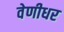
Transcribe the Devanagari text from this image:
वेणीधर